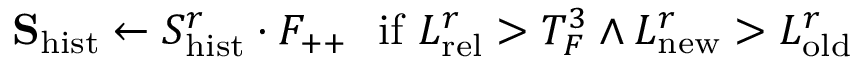
\mathbf { S } _ { \mathrm { h i s t } } \leftarrow S _ { \mathrm { h i s t } } ^ { r } \cdot F _ { + + } \ \ \mathrm { i f } \ L _ { \mathrm { r e l } } ^ { r } > T _ { F } ^ { 3 } \land L _ { \mathrm { n e w } } ^ { r } > L _ { \mathrm { o l d } } ^ { r }